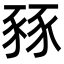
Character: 豩